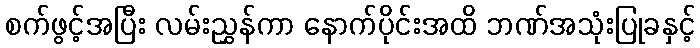
စက်ဖွင့်အပြီး လမ်းညွှန်ကာ နောက်ပိုင်းအထိ ဘဏ်အသုံးပြုခနှင့်